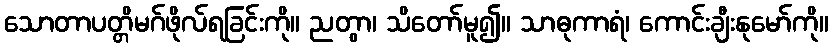
သောတာပတ္တိမဂ်ဖိုလ်ရခြင်းကို။ ညတွာ၊ သိတော်မူ၍။ သာဓုကာရံ၊ ကောင်းချီးနုမော်ကို။